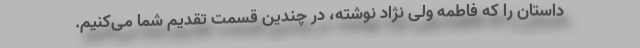
داستان را که فاطمه ولی نژاد نوشته، در چندین قسمت تقدیم شما می‌کنیم.